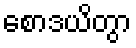
စောဒယိတွာ